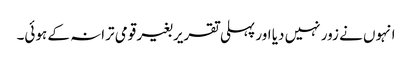
انہوں نے زور نہیں دیا اور پہلی تقریر بغیر قومی ترانہ کے ہوئی۔